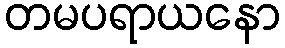
တမပရာယနော